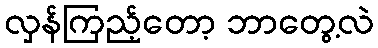
လှန်ကြည့်တော့ ဘာတွေ့လဲ